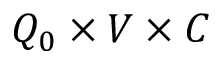
Q _ { 0 } \times V \times C